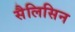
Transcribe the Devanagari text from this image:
सैलिसिन